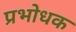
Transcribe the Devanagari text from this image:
प्रभोधक